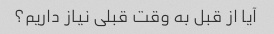
آیا از قبل به وقت قبلی نیاز داریم؟